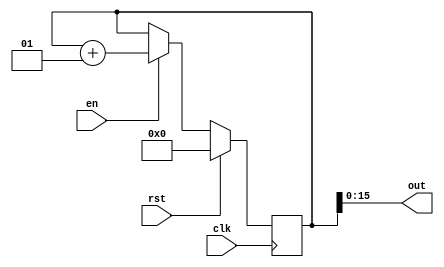
`timescale 1ns / 1ps

module Counter_15bit(
    input clk,
    input rst,
    input en,
    output [15:0] out
    );
    
    integer count;
    
    assign out = count; 
    
    always @(posedge clk) begin
        if(rst) count =0;
        else begin
            if(en == 1) begin
                count = count + 1;
            end
        end
    end
    
endmodule